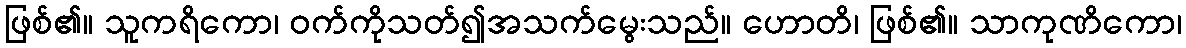
ဖြစ်၏။ သူကရိကော၊ ဝက်ကိုသတ်၍အသက်မွေးသည်။ ဟောတိ၊ ဖြစ်၏။ သာကုဏိကော၊